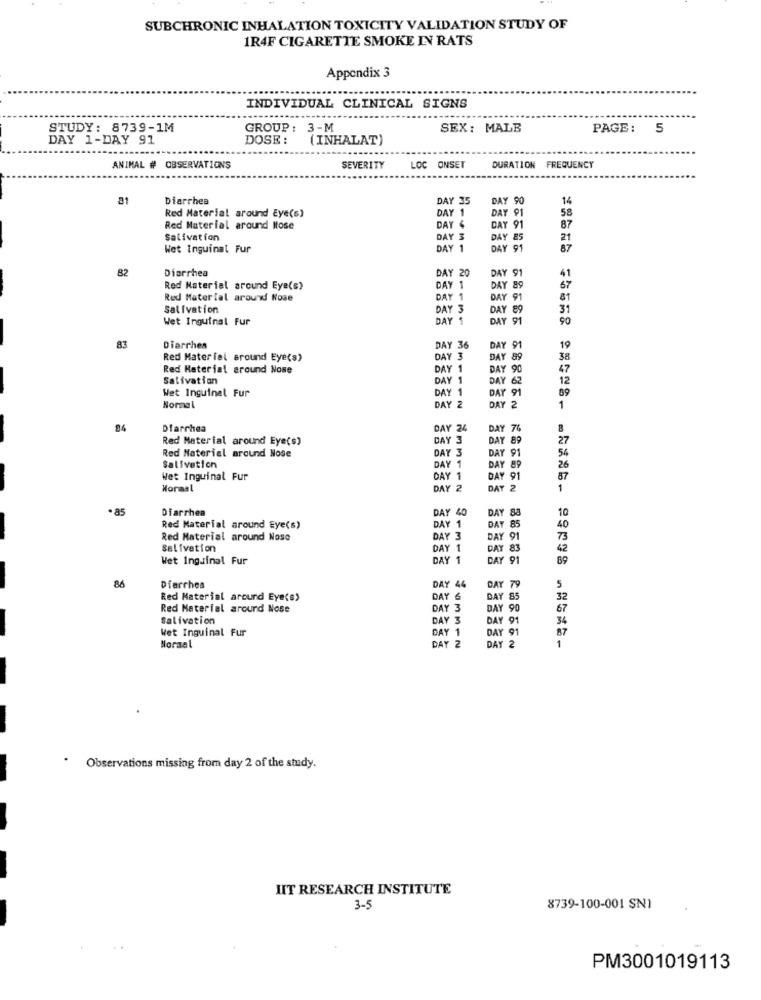
SUBCHRONIC INHALATION TOXICITY VALIDATION STUDY OF
1R4F CIGARETTE SMOKE IN RATS
Appendix 3
INDIVIDUAL CLINICAL SIGNS
STUDY: 8739-1M
GROUP: 3-M
SEX: MALE
PAGE:
5
DAY 1-DAY 91
DOSE :
(INHALAT)
ANIMAL # OBSERVATIONS
SEVERITY
LOC ONSET
DURATION FREQUENCY
21
Diarrhea
DAY 35
DAY 90
14
Red Material around Eye(s)
DAY 1
DAY 91
58
87
Red Material around Mose
DAY &
DAY 91
Salivation
DAY 3
DAY 85
21
Wet Inguinal Fur
DAY 1
DAY 91
87
82
Diarrhea
DAY 91
DAY 20
67
41
Red Material around Eye(s)
DAY 1
DAY 89
Red Material around Nose
DAY 1
DAY 91
81
Salivation
DAY 3
DAY 89
31
Wet Inguinal Fur
DAY 1
DAY 91
90
83
Diarrhes
DAY 36
DAY 91
19
Red Material Bround Eye(s)
DAY 3
DAY 89
38
Red Material ground Nose
DAY 1
DAY 90
47
Salivation
DAY
DAY 62
12
Wet Inguinal Fur
DAY 1
DAY 91
89
Normal
DAY 2
DAY 2
1
84
Diarrhea
DAY 24
DAY 76
8
Red Material around Eye(s)
DAY 3
DAY 89
27
Red Naterial around Nose
54
DAY 3
Y 91
Salivation
DAY 1
DAY 89
26
Wet Inguinal Fur
DAY 1
DAY 91
87
Normal
DAY 2
DAY 2
1
.85
Diarrhea
DAY 40
DAY 88
10
40
Red Material around Eye(s)
DAY 1
DAY
Red Material around Nose
DAY 3
91
73
Salivation
DAY 1
DAY 83
Wet Inguinal Fur
DAY 1
DAY 91
69
86
5
Diarrhea
DAY 44
DAY
Red Material around Eye(s)
DAY &
DAY
Red Material around Nose
DAY 3
DAY 9
Salivation
DAY 3
Y 91
Wet Inguinal Fur
DAY 1
Y 91
DAY
Noraal
DAY
Observations missing from day 2 of the study.
HIT RESEARCH INSTITUTE
3-5
8739-100-001 SN1
PM3001019113